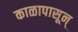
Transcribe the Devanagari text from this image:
काळापासून्